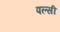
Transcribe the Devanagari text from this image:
पल्सी